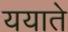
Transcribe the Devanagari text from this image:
ययाते